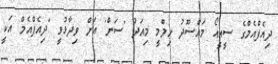
ދިއެފްއެމްގެ ސީއީއޯ މައްސޫދު ހިލްމީ މިއަދު 'ސަން' އަށް ވިދާޅުވީ "ދިއެފްއެމް އަކީ